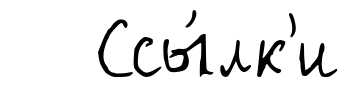
Ссы́лк'и